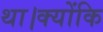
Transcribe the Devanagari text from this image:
था।क्योंकि